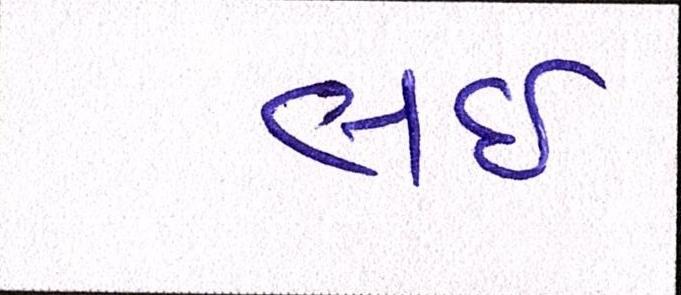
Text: લઇ